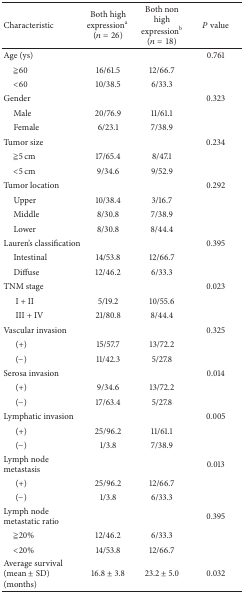
<table><thead><tr><td><b>Characteristic</b></td><td><b>Both high expression<sup>a</sup> (<i>n</i> = 26)</b></td><td><b>Both non high expression<sup>b</sup> (<i>n</i> = 18)</b></td><td><b><i>P</i> value</b></td></tr></thead><tbody><tr><td>Age (ys)</td><td> </td><td> </td><td>0.761</td></tr><tr><td>≧60</td><td>16/61.5</td><td>12/66.7</td><td> </td></tr><tr><td>&lt;60</td><td>10/38.5</td><td>6/33.3</td><td> </td></tr><tr><td>Gender</td><td> </td><td> </td><td>0.323</td></tr><tr><td> Male</td><td>20/76.9</td><td>11/61.1</td><td> </td></tr><tr><td> Female</td><td>6/23.1</td><td>7/38.9</td><td> </td></tr><tr><td>Tumor size</td><td> </td><td> </td><td>0.234</td></tr><tr><td>≧5 cm</td><td>17/65.4</td><td>8/47.1</td><td> </td></tr><tr><td>&lt;5 cm</td><td>9/34.6</td><td>9/52.9</td><td> </td></tr><tr><td>Tumor location</td><td> </td><td> </td><td>0.292</td></tr><tr><td> Upper</td><td>10/38.4</td><td>3/16.7</td><td> </td></tr><tr><td> Middle</td><td>8/30.8</td><td>7/38.9</td><td> </td></tr><tr><td> Lower</td><td>8/30.8</td><td>8/44.4</td><td> </td></tr><tr><td>Lauren&#x27;s classification</td><td> </td><td> </td><td>0.395</td></tr><tr><td> Intestinal</td><td>14/53.8</td><td>12/66.7</td><td> </td></tr><tr><td> Diffuse</td><td>12/46.2</td><td>6/33.3</td><td> </td></tr><tr><td>TNM stage</td><td> </td><td> </td><td>0.023</td></tr><tr><td>I + II</td><td>5/19.2</td><td>10/55.6</td><td> </td></tr><tr><td>III + IV</td><td>21/80.8</td><td>8/44.4</td><td> </td></tr><tr><td>Vascular invasion</td><td> </td><td> </td><td>0.325</td></tr><tr><td>(+)</td><td>15/57.7</td><td>13/72.2</td><td> </td></tr><tr><td>(−)</td><td>11/42.3</td><td>5/27.8</td><td> </td></tr><tr><td>Serosa invasion</td><td> </td><td> </td><td>0.014</td></tr><tr><td>(+)</td><td>9/34.6</td><td>13/72.2</td><td> </td></tr><tr><td>(−)</td><td>17/63.4</td><td>5/27.8</td><td> </td></tr><tr><td>Lymphatic invasion</td><td> </td><td> </td><td>0.005</td></tr><tr><td>(+)</td><td>25/96.2</td><td>11/61.1</td><td> </td></tr><tr><td>(−)</td><td>1/3.8</td><td>7/38.9</td><td> </td></tr><tr><td>Lymph node metastasis</td><td> </td><td> </td><td>0.013</td></tr><tr><td>(+)</td><td>25/96.2</td><td>12/66.7</td><td> </td></tr><tr><td>(−)</td><td>1/3.8</td><td>6/33.3</td><td> </td></tr><tr><td>Lymph node metastatic ratio</td><td> </td><td> </td><td>0.395</td></tr><tr><td>≧20%</td><td>12/46.2</td><td>6/33.3</td><td> </td></tr><tr><td>&lt;20%</td><td>14/53.8</td><td>12/66.7</td><td> </td></tr><tr><td>Average survival (mean ± SD) (months)</td><td>16.8 ± 3.8</td><td>23.2 ± 5.0</td><td>0.032</td></tr></tbody></table>